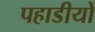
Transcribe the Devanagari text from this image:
पहाडीयों